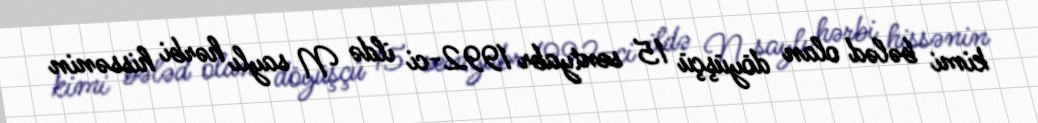
kimi bələd olan döyüşçü 15 sentyabr 1992-ci ildə N saylı hərbi hissənin